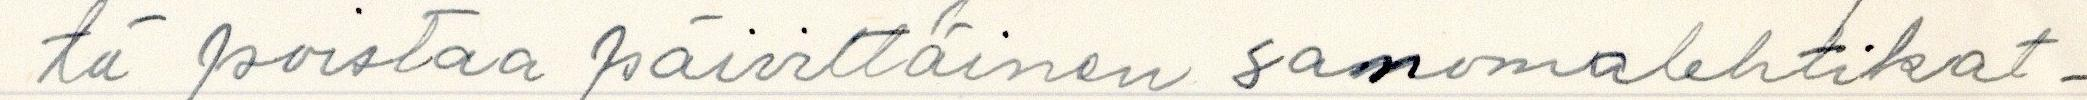
tä poistaa päivittäinen sanomalehtikat-